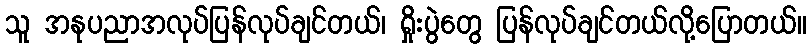
သူ အနုပညာအလုပ်ပြန်လုပ်ချင်တယ်၊ ရှိုးပွဲတွေ ပြန်လုပ်ချင်တယ်လို့ပြောတယ်။